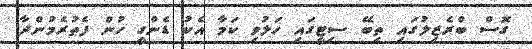
ގޮސް ބްރެޒިލުގައި ތިބޭ ސިޓީގައި ހަލުވި ކަމާ އެކު ޑެންގީ ހުން ފެތުރެމުންދާ